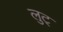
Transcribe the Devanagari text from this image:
लुट्